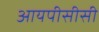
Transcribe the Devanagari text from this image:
आयपीसीसी